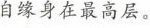
自缘身在最高层。